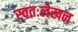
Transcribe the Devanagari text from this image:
स्वतःलेखन